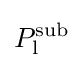
P_{\rm {l}}^{\rm {sub}}